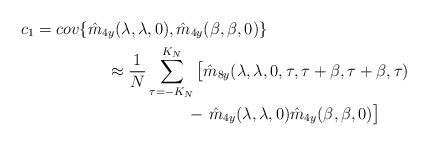
LaTeX: \begin{align*}c_1 = cov\{\hat{m}_{4y}(\lambda,\lambda,0),\hat{m}_{4y}&(\beta,\beta,0)\}\\\approx \frac{1}{N}\sum_{\tau = -K_N}^{K_N}\big[&\hat{m}_{8y}(\lambda,\lambda,0,\tau,\tau+\beta,\tau+\beta,\tau)\\\ -&\ \hat{m}_{4y}(\lambda,\lambda,0)\hat{m}_{4y}(\beta,\beta,0)\big]\end{align*}